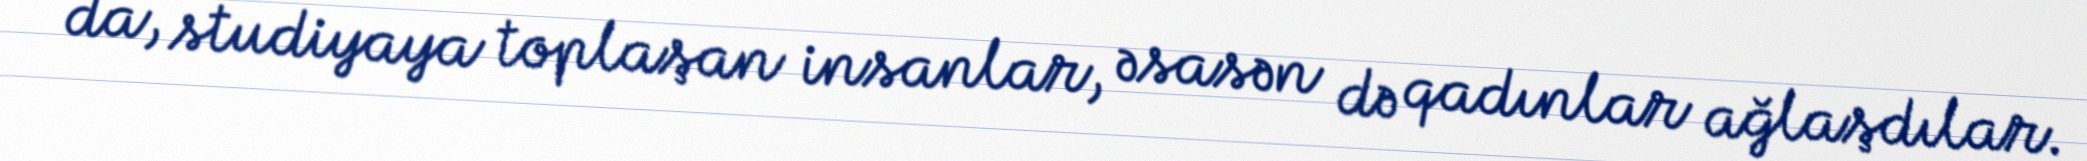
da, studiyaya toplaşan insanlar, əsasən də qadınlar ağlaşdılar.